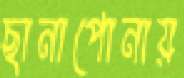
ছানাপোনায়